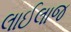
લાઈલાજ